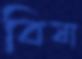
বিষা